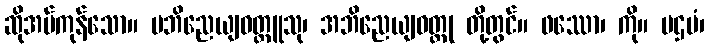
ဆိုအပ်ကုန်သော။ ပဘိညေယျဝတ္ထူသု၊ အဘိညေယျဝတ္ထု တို့တွင်။ ဖဿော၊ ကို။ ပဌမံ၊